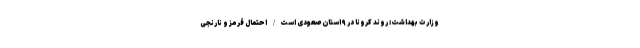
وزارت بهداشت: روند کرونا در ٩ استان صعودی است/ احتمال قرمز و نارنجی